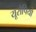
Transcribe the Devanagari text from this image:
यूरोपियो